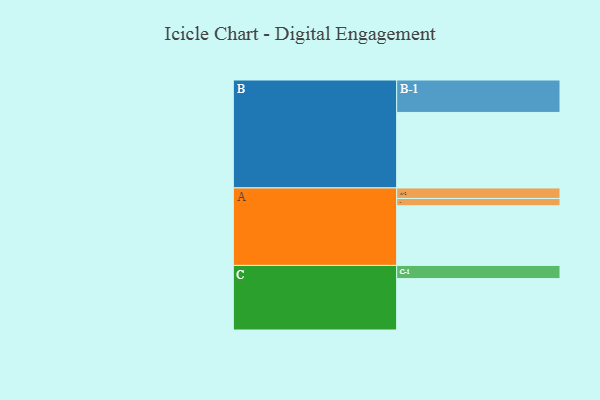
{"axis": {"x": "Segment", "y": "Value"}, "legend": ["", "A", "B", "C"], "data": [{"x": "A", "y": 425, "type": ""}, {"x": "B", "y": 538, "type": ""}, {"x": "C", "y": 366, "type": ""}, {"x": "A-1", "y": 52, "type": "A"}, {"x": "A-2", "y": 75, "type": "A"}, {"x": "B-1", "y": 231, "type": "B"}, {"x": "C-1", "y": 94, "type": "C"}]}